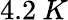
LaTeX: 4.2\: K